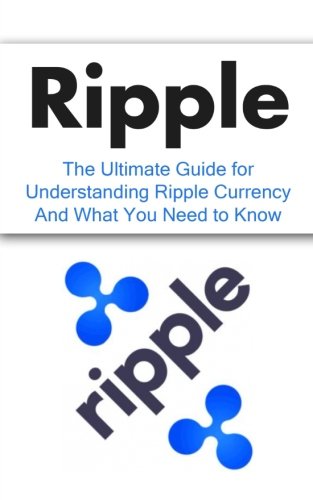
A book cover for Ripple: The Ultimate Beginner's Guide for Understanding Ripple Currency And What You Need to Know (Beginner, Mining, Step by Step, Trading, Basics, XRP, Cryptocurrency); Elliott Branson; Computers & Technology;